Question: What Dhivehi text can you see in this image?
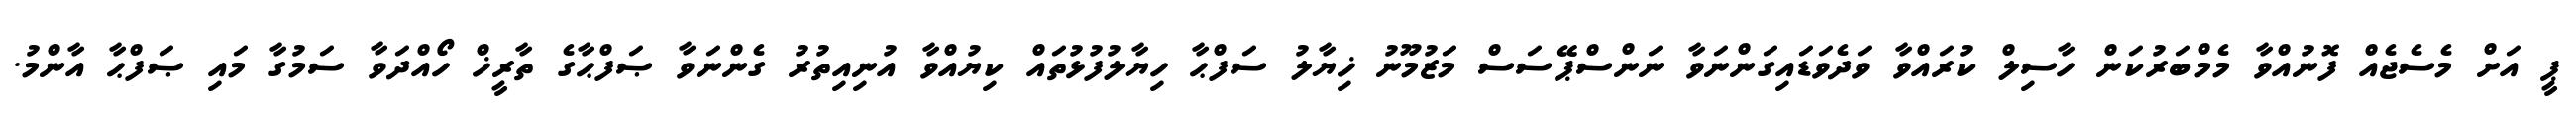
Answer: ޕީ އަށް މެސެޖެއް ފޮނުއްވާ މެމްބަރުކަން ހާސިލް ކުރައްވާ ވަދެވަޑައިގަންނަވާ ނަންސްޕޭސަސް މަޒުމޫނު ޚިޔާލު ސަފްޙާ ހިޔާލުފުޅުތައް ކިޔުއްވާ އުނިއިތުރު ގެންނަވާ ޞަފްޙާގެ ތާރީޚް ހޯއްދަވާ ސަމުގާ މައި ޞަފްޙާ އާންމު.